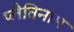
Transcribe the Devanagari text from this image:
प्लैतिनाम